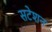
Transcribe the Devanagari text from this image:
सटेशन